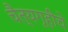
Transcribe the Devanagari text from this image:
चैत्यगृहीचे